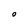
Character: 0